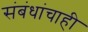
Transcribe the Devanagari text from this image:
संबंधांचाही